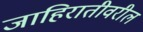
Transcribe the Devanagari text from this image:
जाहिरातीवरील